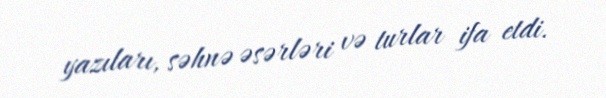
yazıları, səhnə əsərləri və turlar ifa etdi.